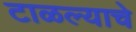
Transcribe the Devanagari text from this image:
टाळल्याचे